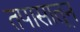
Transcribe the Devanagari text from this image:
तपासातून